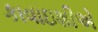
કાવાઇશીએ